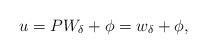
\begin{align*}u=PW_\delta+ \phi=w_\delta+\phi,\end{align*}